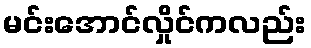
မင်းအောင်လှိုင်ကလည်း